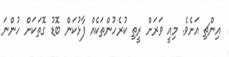
އިންޗި އަށެވެ. މިއީ ވަރަށް ރީތި ކުރެހުންތަކެއް ފާޅުކަން ބޮޑު ގޮތަކަށް ހުންނަ